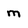
Character: m